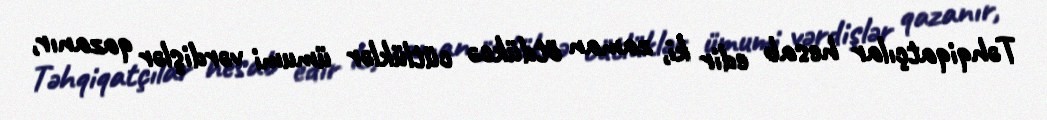
Təhqiqatçılar hesab edir ki, zaman ötdükcə cütlüklər ümumi vərdişlər qazanır,